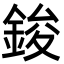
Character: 鋑